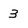
Character: 3